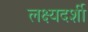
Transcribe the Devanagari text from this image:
लक्ष्यदर्शी